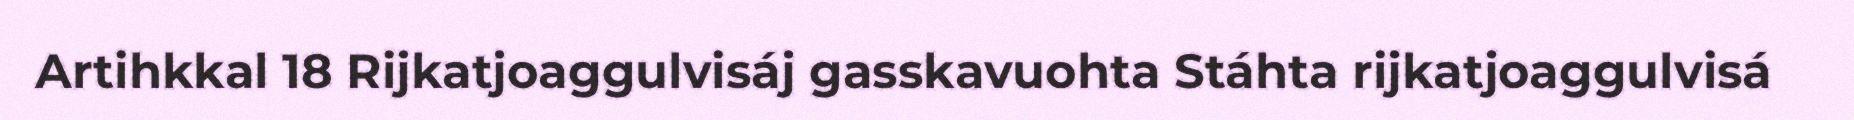
Artihkkal 18 Rijkatjoaggulvisáj gasskavuohta Stáhta rijkatjoaggulvisá